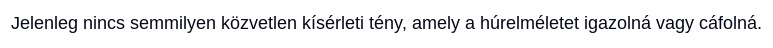
Jelenleg nincs semmilyen közvetlen kísérleti tény, amely a húrelméletet igazolná vagy cáfolná.